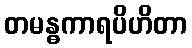
တမန္ဓကာရပိဟိတာ